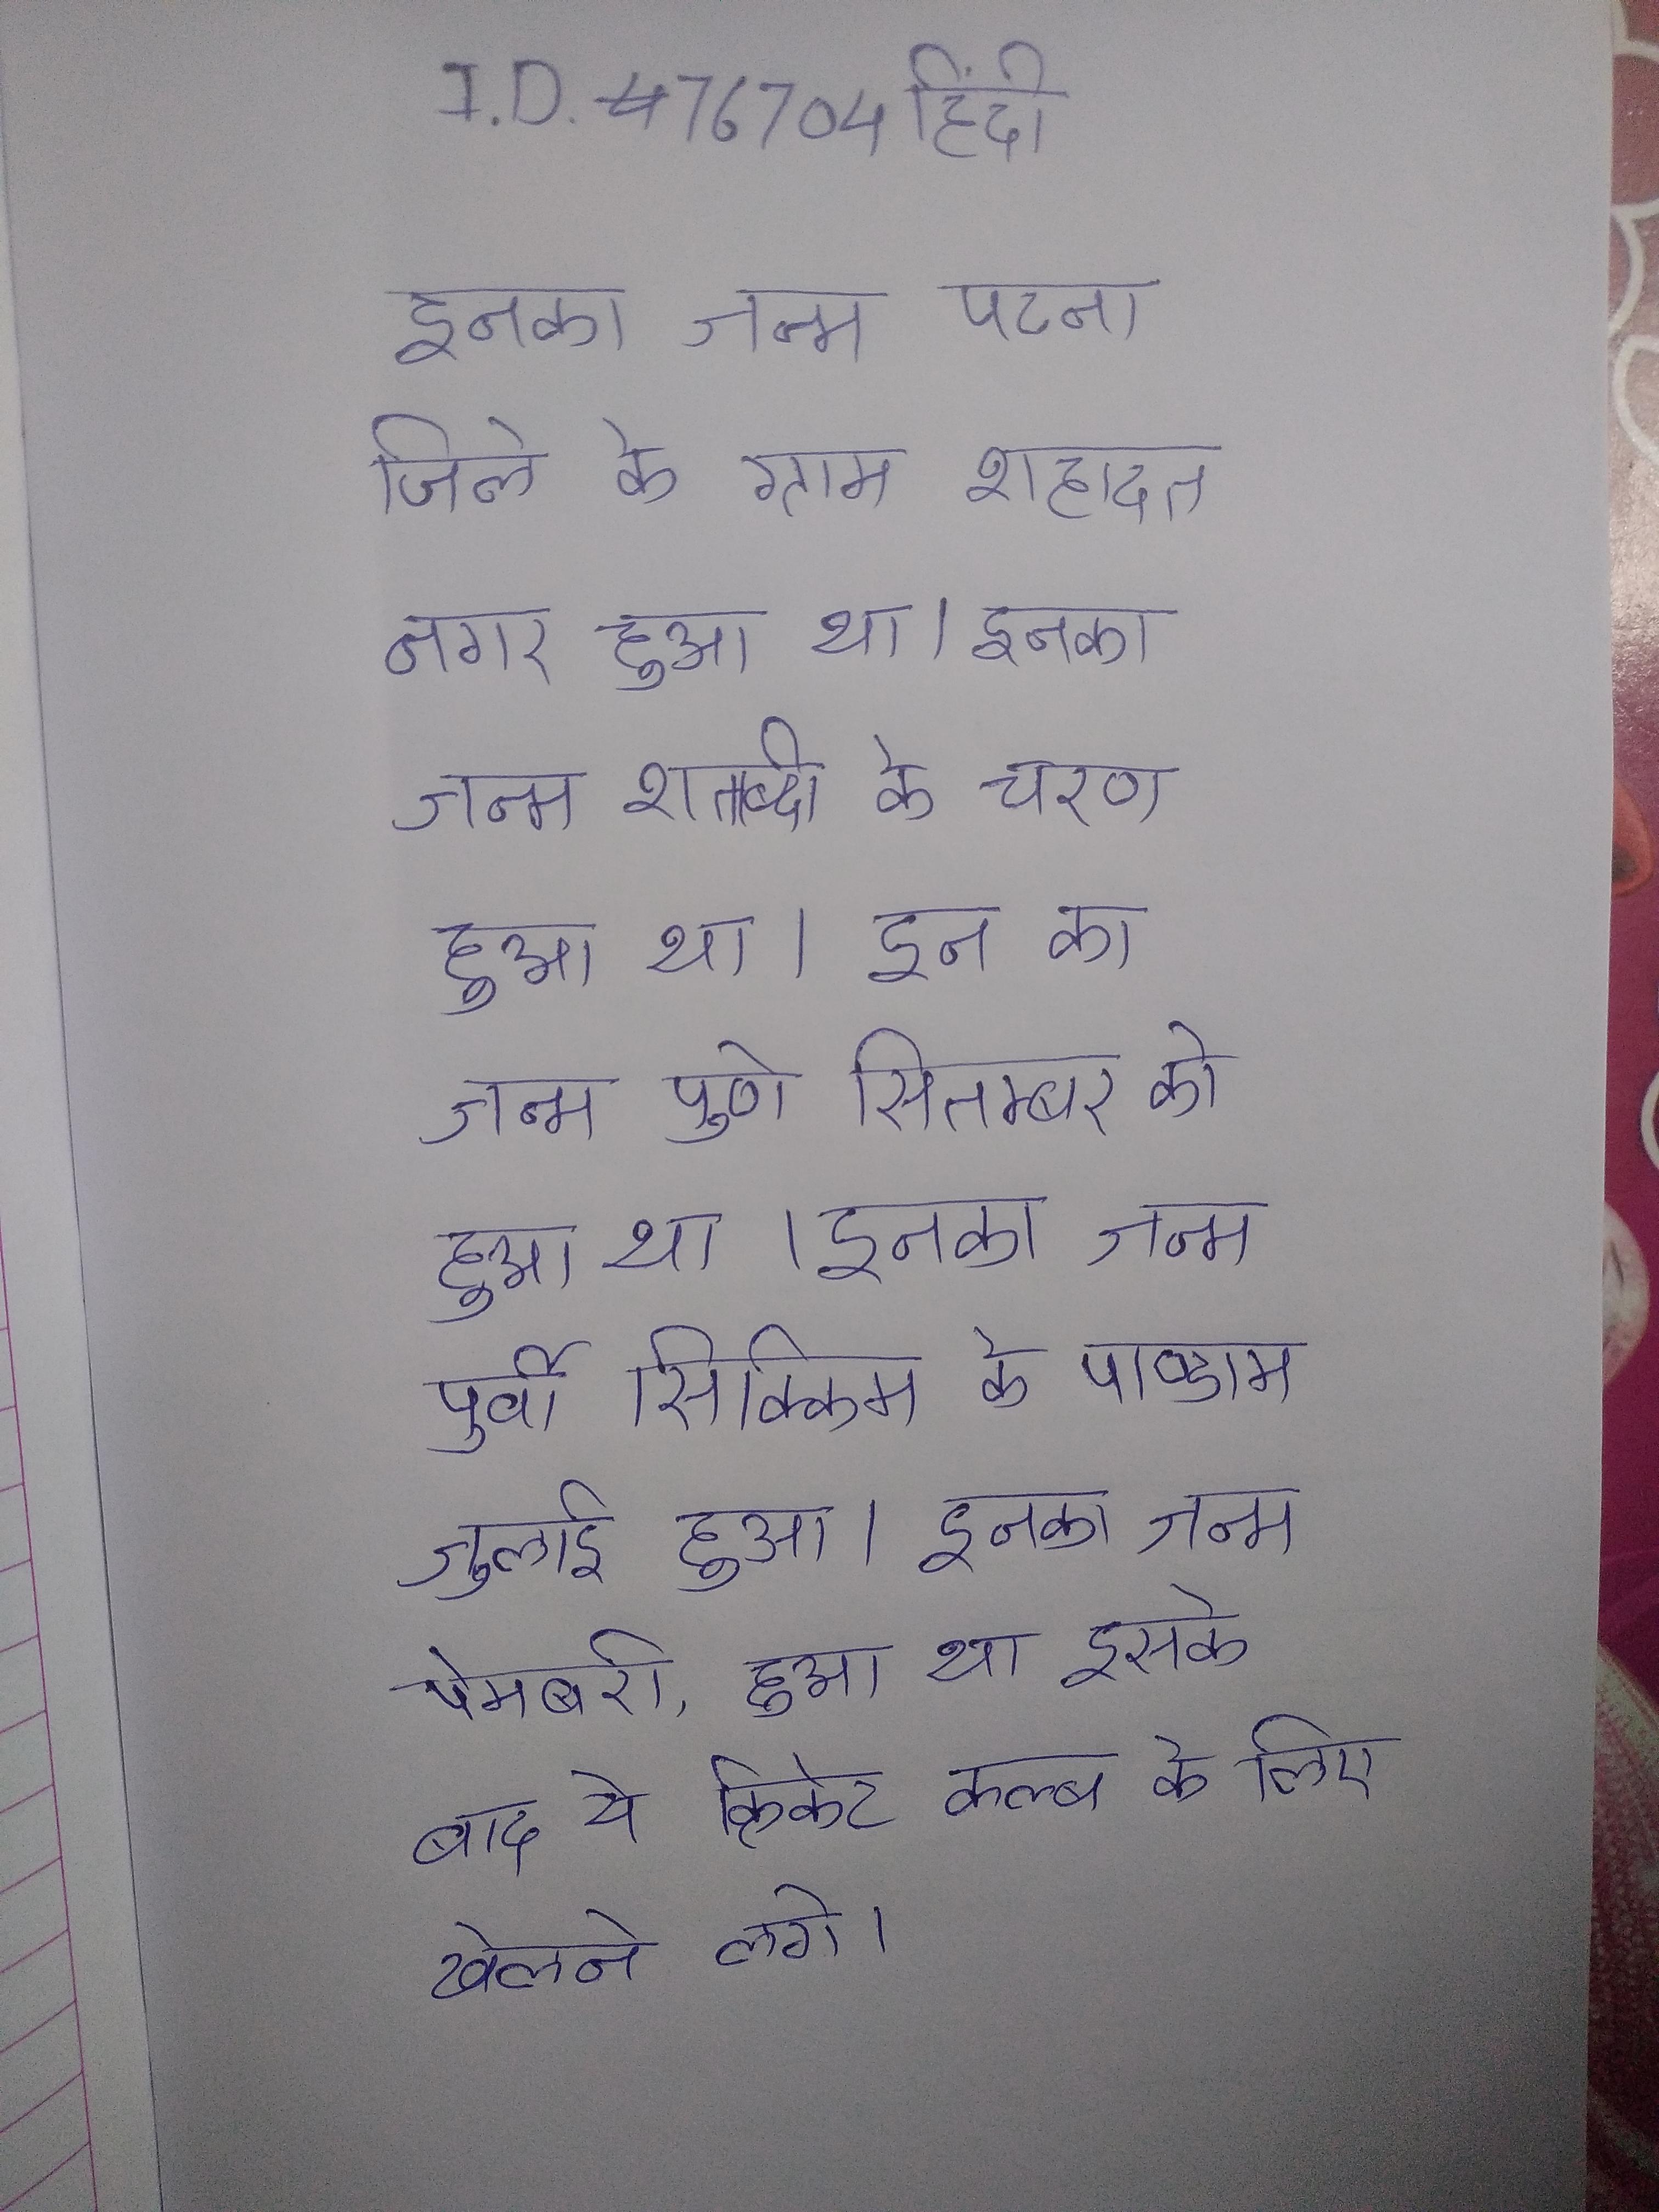
इनका जन्म पटना जिले के ग्राम शहादत नगर हुआ था । इनका जन्म शताब्दी के चरण हुआ था । इन का जन्म पुणे सितम्बर को हुआ था । इनका जन्म पूर्वी सिक्किम के पाण्डाम जुलाई हुआ । इनका जन्म पेमबरी, हुआ था इसके बाद ये क्रिकेट क्लब के लिए खेलने लगे ।